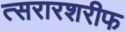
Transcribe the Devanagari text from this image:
त्सरारशरीफ